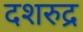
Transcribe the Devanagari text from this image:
दशरुद्र